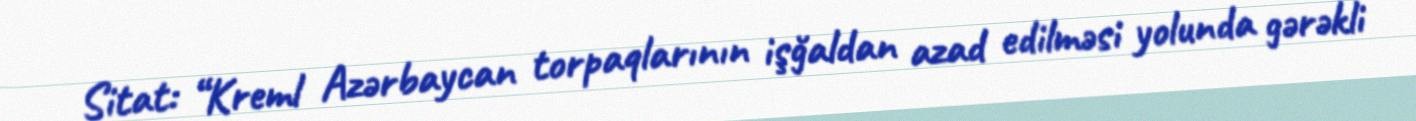
Sitat: “Kreml Azərbaycan torpaqlarının işğaldan azad edilməsi yolunda gərəkli